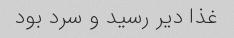
غذا دیر رسید و سرد بود